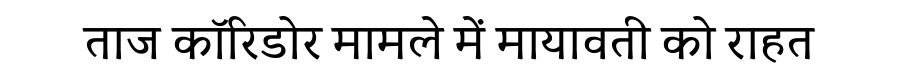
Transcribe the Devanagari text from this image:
ताज कॉरिडोर मामले में मायावती को राहत